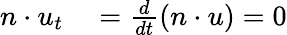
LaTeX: \begin{array}{rl}{n\cdot u_{t}}&{{}=\frac{d}{dt}(n\cdot u)=0}\end{array}